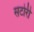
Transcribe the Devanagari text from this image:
सटोरी